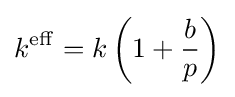
k^{\mathrm {eff} }=k\left(1+{\frac {b}{p}}\right)